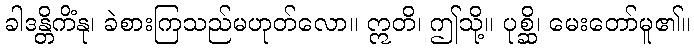
ခါဒန္တိကိံနု၊ ခဲစားကြသည်မဟုတ်လော။ ဣတိ၊ ဤသို့။ ပုစ္ဆိ၊ မေးတော်မူ၏။